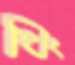
থিং